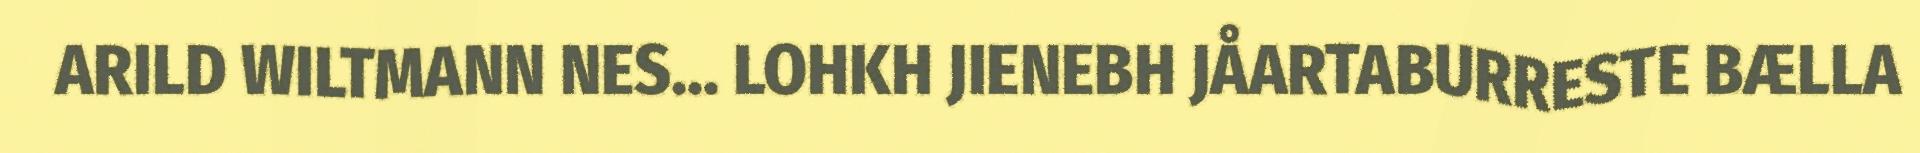
ARILD WILTMANN NES... LOHKH JIENEBH JÅARTABURRESTE BÆLLA